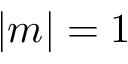
| m | = 1